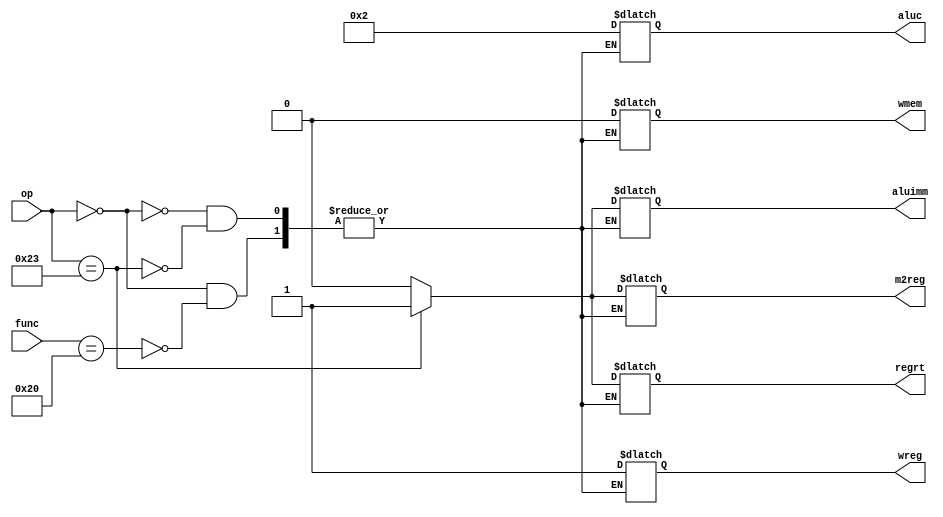
`timescale 1ns / 1ps
module Control_Unit(
        input[5:0] op,
        input[5:0] func,
        output reg wreg,    //wreg
        output reg m2reg,    //m2reg
        output reg wmem,    //wmem
        output reg[3:0] aluc,  //aluc
        output reg aluimm,      //aluimm
        output reg regrt       //regrt
    );
    always@(*) begin
        case (op)
            6'b000000: // r-types
            begin
                case (func)
                    6'b100000: //ADD Instruction
                        begin
                            wreg <= 1;
                            m2reg <= 0;
                            wmem <= 0;
                            aluc <= 4'b0010;
                            aluimm <= 0; //no sign extend
                            regrt <= 0; //write in rd
                        end
                endcase
            end
            
            6'b100011: //LW
                begin
                    wreg <= 1;
                    m2reg <= 1;
                    wmem <= 0;
                    aluc <= 4'b0010;
                    aluimm <= 1; //sign extend
                    regrt <= 1; //write in rt
                end
        endcase
    end
endmodule